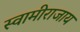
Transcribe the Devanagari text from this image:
स्वामीराजाय